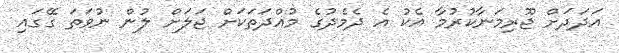
އަދަދަށް ޖޫރިމަނާކުރުމާ އެކު އެ ދެމެދުގެ މުއްދަތަކަށް ޖަލަށް ލުން ނުވަތަ ގޭގައި